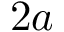
2 a